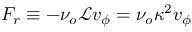
F _ { r } \equiv - \nu _ { o } \mathcal { L } v _ { \phi } = \nu _ { o } \kappa ^ { 2 } v _ { \phi }